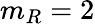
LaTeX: m_{R}=2